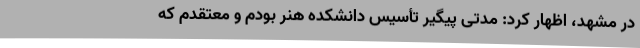
در مشهد، اظهار کرد: مدتی پیگیر تأسیس دانشکده هنر بودم و معتقدم که